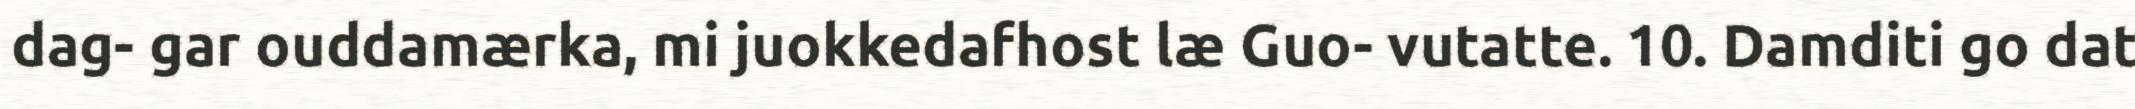
dag- gar ouddamærka, mi juokkedafhost læ Guo- vutatte. 10. Damditi go dat